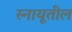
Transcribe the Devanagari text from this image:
स्नायूतील